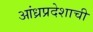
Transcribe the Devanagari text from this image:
आंध्रप्रदेशाची